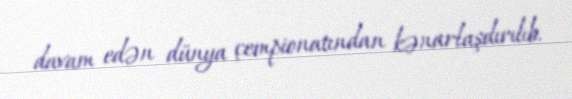
davam edən dünya çempionatından kənarlaşdırılıb.